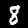
Label: 8